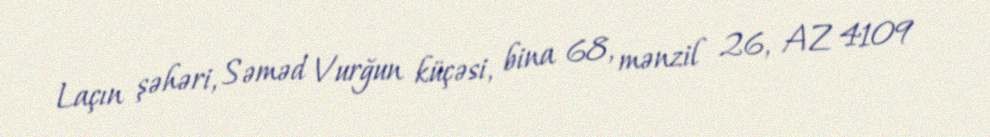
Laçın şəhəri, Səməd Vurğun küçəsi, bina 68, mənzil 26, AZ 4109